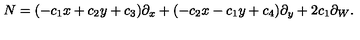
N = ( - c _ { 1 } x + c _ { 2 } y + c _ { 3 } ) \partial _ { x } + ( - c _ { 2 } x - c _ { 1 } y + c _ { 4 } ) \partial _ { y } + 2 c _ { 1 } \partial _ { W } .